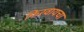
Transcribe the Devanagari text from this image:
फिरवायचा